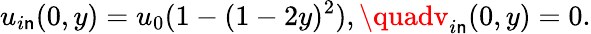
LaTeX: u_{i\mathsf{n}}(0,y)=u_{0}(1-(1-2y)^{2}),\quadv_{i\mathsf{n}}(0,y)=0.